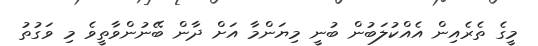
މީގެ ތެރެއިން އެއްކުލަބުން ބުނީ މިޔަންމާ އަށް ދާން ބޭނުންވާތީވެ މި ވަގުތު